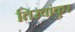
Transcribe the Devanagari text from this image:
तिरवांकुर